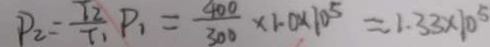
P _ { 2 } = \frac { T 2 } { T 1 } P _ { 1 } = \frac { 4 0 0 } { 3 0 0 } \times 1 . 0 \times 1 0 ^ { 5 } \approx 1 . 3 3 \times 1 0 ^ { 5 }